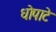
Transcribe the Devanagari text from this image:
धोपाटे